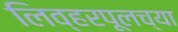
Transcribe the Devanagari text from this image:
लिव्हरपूलच्या